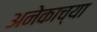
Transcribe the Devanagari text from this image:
अनेकाच्या